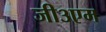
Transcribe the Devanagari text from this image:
जी३एम